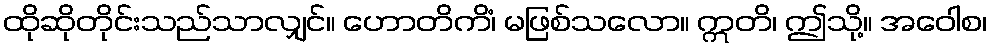
ထိုဆိုတိုင်းသည်သာလျှင်။ ဟောတိကိံ၊ မဖြစ်သလော။ ဣတိ၊ ဤသို့။ အဝေါစ၊